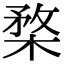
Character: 楘